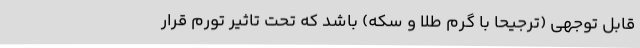
قابل توجهی (ترجیحا با گرم طلا و سکه) باشد که تحت تاثیر تورم قرار